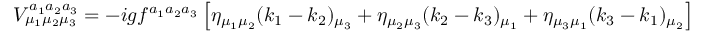
V _ { \mu _ { 1 } \mu _ { 2 } \mu _ { 3 } } ^ { a _ { 1 } a _ { 2 } a _ { 3 } } = - i g f ^ { a _ { 1 } a _ { 2 } a _ { 3 } } \left[ \eta _ { \mu _ { 1 } \mu _ { 2 } } ( k _ { 1 } - k _ { 2 } ) _ { \mu _ { 3 } } + \eta _ { \mu _ { 2 } \mu _ { 3 } } ( k _ { 2 } - k _ { 3 } ) _ { \mu _ { 1 } } + \eta _ { \mu _ { 3 } \mu _ { 1 } } ( k _ { 3 } - k _ { 1 } ) _ { \mu _ { 2 } } \right]